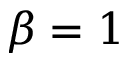
\beta = 1